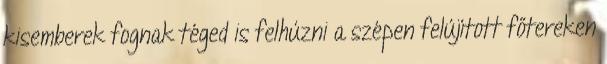
kisemberek fognak téged is felhúzni a szépen felújított főtereken